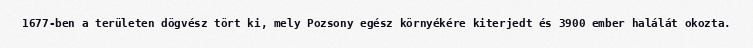
1677-ben a területen dögvész tört ki, mely Pozsony egész környékére kiterjedt és 3900 ember halálát okozta.